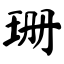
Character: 珊